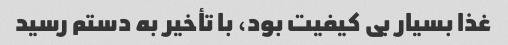
غذا بسیار بی کیفیت بود، با تأخیر به دستم رسید